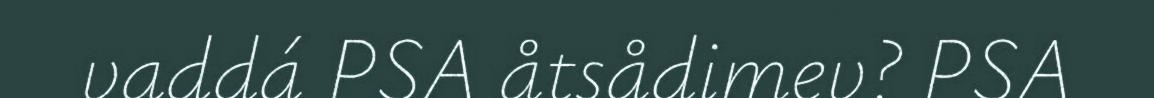
vaddá PSA åtsådimev? PSA